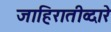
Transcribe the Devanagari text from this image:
जाहिरातीव्दारे